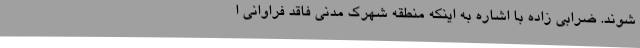
شوند. ضرابی زاده با اشاره به اینکه منطقه شهرک مدنی فاقد فراوانی ا